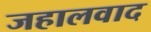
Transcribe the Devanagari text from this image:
जहालवाद